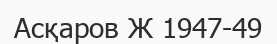
Асқаров Ж 1947-49